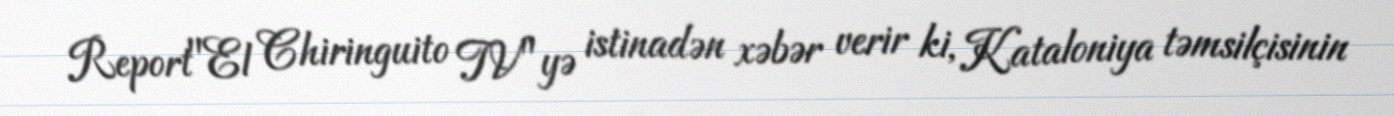
Report"El Chiringuito TV"yə istinadən xəbər verir ki, Kataloniya təmsilçisinin